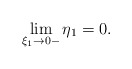
\begin{align*}\lim_{\xi_1\to 0-}\eta_1=0.\end{align*}